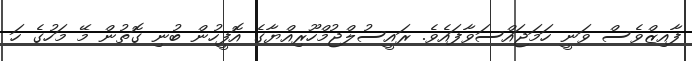
ފާއިޒްވެސް ވަނީ ހަމަޖައްސަވާފައެވެ. ރައީސުލްޖުމްހޫރިއްޔާގެ އޮފީހުން ބުނި ގޮތުން މޭ މަހުގެ ހަ